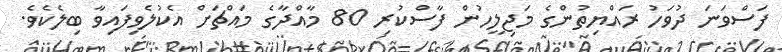
ފަސްވަނަ ދުވަހު ރައްޔިތުންގެ މަޖިލީހުން ފާާސްކުރި 80 މާއްދާގެ މައްޗަށް އެކުލެވިފައިވާ ބިލެކެވެ.